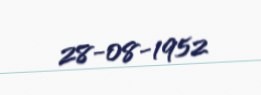
28-08-1952